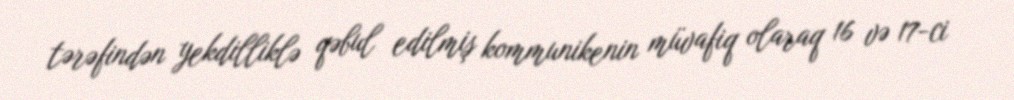
tərəfindən yekdilliklə qəbul edilmiş kommunikenin müvafiq olaraq 16 və 17-ci